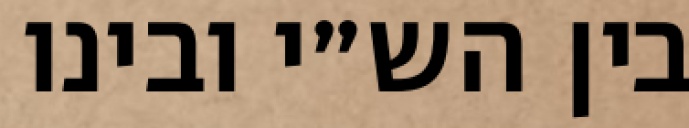
בין הש״י ובינו